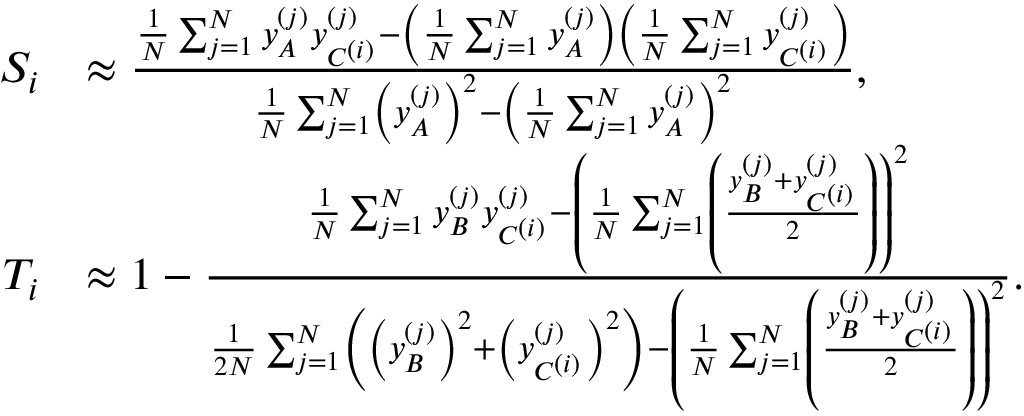
\begin{array} { r l } { S _ { i } } & { \approx \frac { \frac { 1 } { N } \sum _ { j = 1 } ^ { N } y _ { A } ^ { ( j ) } y _ { C ^ { ( i ) } } ^ { ( j ) } - \left( \frac { 1 } { N } \sum _ { j = 1 } ^ { N } y _ { A } ^ { ( j ) } \right) \left( \frac { 1 } { N } \sum _ { j = 1 } ^ { N } y _ { C ^ { ( i ) } } ^ { ( j ) } \right) } { \frac { 1 } { N } \sum _ { j = 1 } ^ { N } \left( y _ { A } ^ { ( j ) } \right) ^ { 2 } - \left( \frac { 1 } { N } \sum _ { j = 1 } ^ { N } y _ { A } ^ { ( j ) } \right) ^ { 2 } } , } \\ { T _ { i } } & { \approx 1 - \frac { \frac { 1 } { N } \sum _ { j = 1 } ^ { N } y _ { B } ^ { ( j ) } y _ { C ^ { ( i ) } } ^ { ( j ) } - \left( \frac { 1 } { N } \sum _ { j = 1 } ^ { N } \left( \frac { y _ { B } ^ { ( j ) } + y _ { C ^ { ( i ) } } ^ { ( j ) } } { 2 } \right) \right) ^ { 2 } } { \frac { 1 } { 2 N } \sum _ { j = 1 } ^ { N } \left( \left( y _ { B } ^ { ( j ) } \right) ^ { 2 } + \left( y _ { C ^ { ( i ) } } ^ { ( j ) } \right) ^ { 2 } \right) - \left( \frac { 1 } { N } \sum _ { j = 1 } ^ { N } \left( \frac { y _ { B } ^ { ( j ) } + y _ { C ^ { ( i ) } } ^ { ( j ) } } { 2 } \right) \right) ^ { 2 } } . } \end{array}